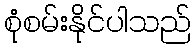
စုံစမ်းနိုင်ပါသည်